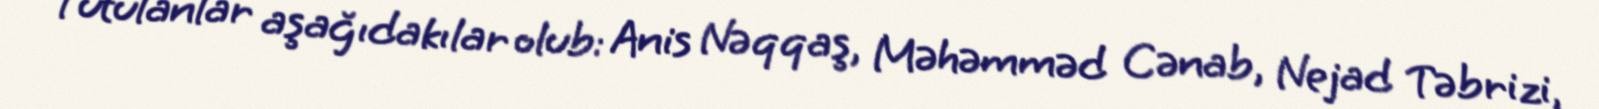
Tutulanlar aşağıdakılar olub: Anis Nəqqaş, Məhəmməd Cənab, Nejad Təbrizi,